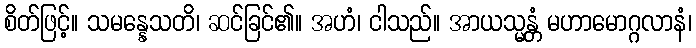
စိတ်ဖြင့်။ သမန္နေသတိ၊ ဆင်ခြင်၏။ အဟံ၊ ငါသည်။ အာယသ္မန္တံ မဟာမောဂ္ဂလာနံ၊